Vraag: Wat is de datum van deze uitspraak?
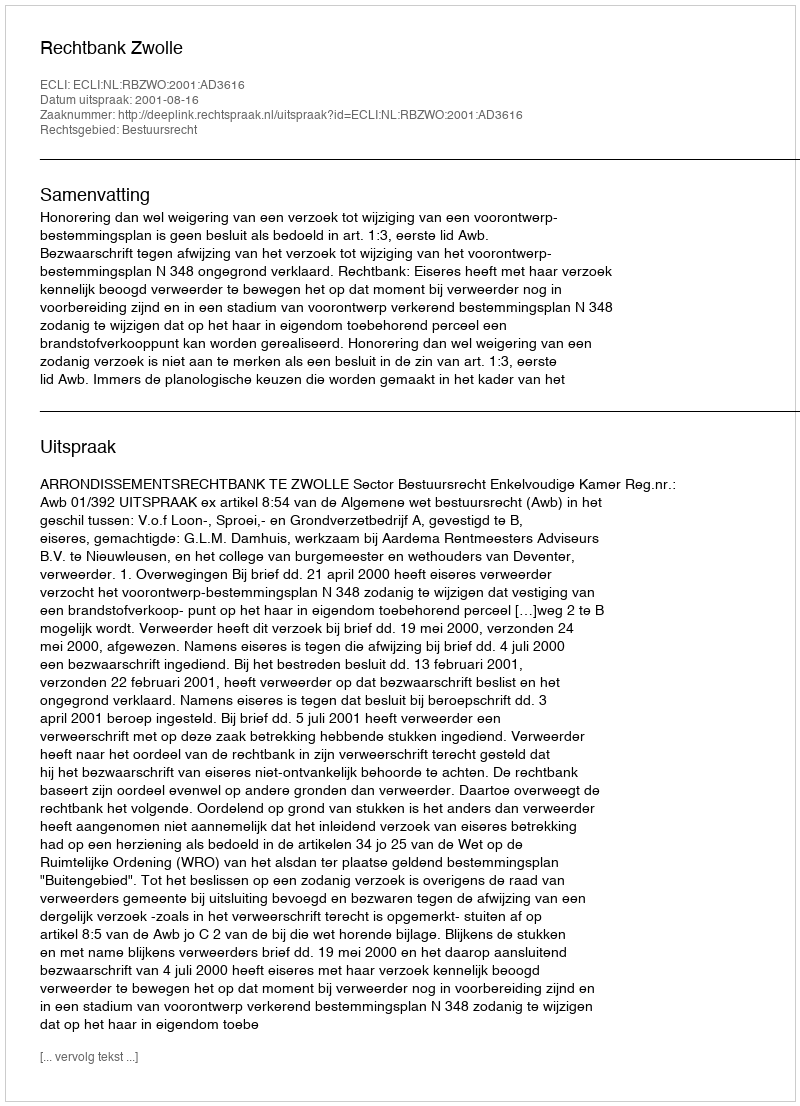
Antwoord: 2001-08-16